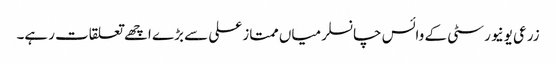
زرعی یونیورسٹی کے وائس چانسلر میاں ممتاز علی سے بڑے اچھے تعلقات رہے۔